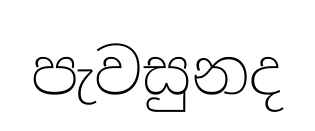
පැවසුනද